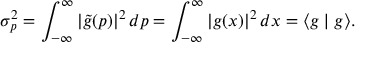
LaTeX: \sigma _ { p } ^ { 2 } = \int _ { - \infty } ^ { \infty } | { \tilde { g } } ( p ) | ^ { 2 } \, d p = \int _ { - \infty } ^ { \infty } | g ( x ) | ^ { 2 } \, d x = \langle g \mid g \rangle .